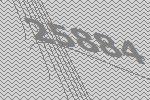
25884